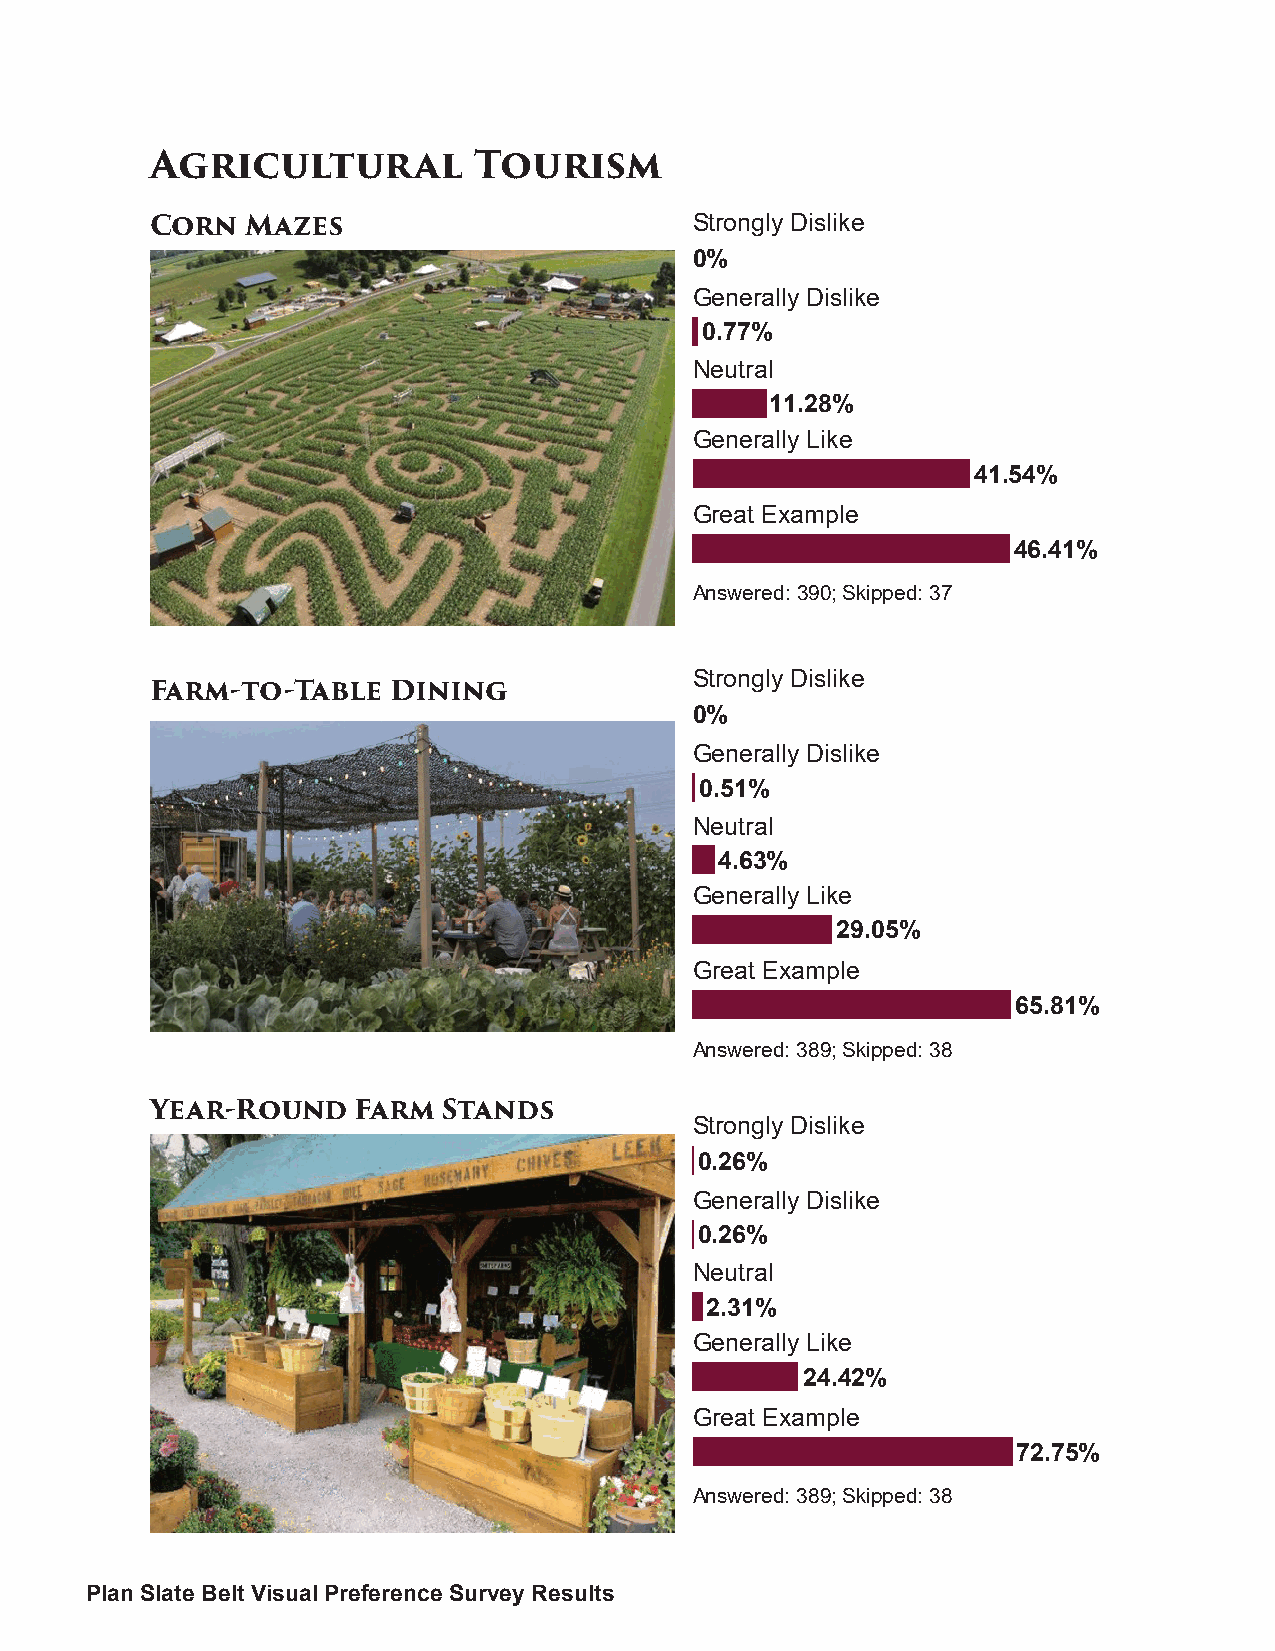
Agricultural         Tourism
 Corn  Mazes                         Strongly Dislike
 0%
 Generally Dislike
 0.77%
 Neutral
 11.28%
 Generally Like
 41.54%
 Great Example
 46.41%
 Answered: 390; Skipped: 37
 Strongly Dislike
 Farm-to-Table   Dining
 0%
 Generally Dislike
 0.51%
 Neutral
 4.63%
 Generally Like
 29.05%
 Great Example
 65.81%
 Answered: 389; Skipped: 38
 Year-Round    Farm Stands
 Strongly Dislike
 0.26%
 Generally Dislike
 0.26%
 Neutral
 2.31%
 Generally Like
 24.42%
 Great Example
 72.75%
 Answered: 389; Skipped: 38
 Plan Slate Belt Visual Preference Survey Results